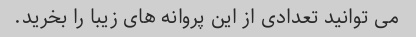
می توانید تعدادی از این پروانه های زیبا را بخرید.